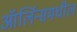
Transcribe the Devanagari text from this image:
ऑर्लिन्समधील